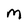
Character: M